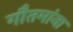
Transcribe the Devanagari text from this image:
गौतमांना